Malarial fevers
Disease focus: Malaria
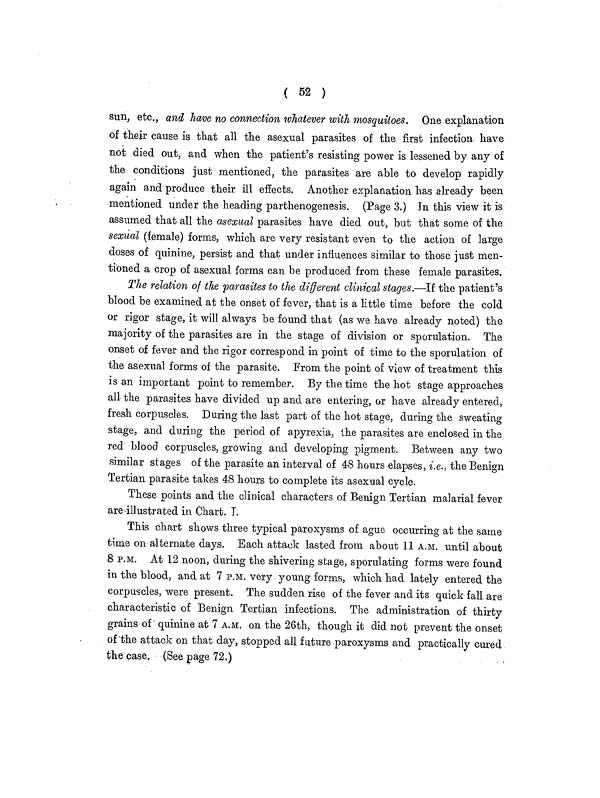
( 52 )
sun, etc., and have no connection whatever with mosquitoes. One explanation
of their cause is that all the asexual parasites of the first infection have
not died out, and when the patient's resisting power is lessened by any of
the conditions just mentioned, the parasites are able to develop rapidly
again and produce their ill effects. Another explanation has already been
mentioned under the heading parthenogenesis. (Page 3.) In this view it is
assumed that all the asexual parasites have died out, but that some of the
sexual (female) forms, which are very resistant even to the action of large
doses of quinine, persist and that under influences similar to those just men-
tioned a crop of asexual forms can be produced from these female parasites.
The relation of the parasites to the different clinical stages.—If the patient's
blood be examined at the onset of fever, that is a little time before the cold
or rigor stage, it will always be found that (as we have already noted) the
majority of the parasites are in the stage of division or sporulation. The
onset of fever and the rigor correspond in point of time to the sporulation of
the asexual forms of the parasite. From the point of view of treatment this
is an important point to remember. By the time the hot stage approaches
all the parasites have divided up and are entering, or have already entered,
fresh corpuscles. During the last part of the hot stage, during the sweating
stage, and during the period of apyrexia. the parasites are enclosed in the
red blood corpuscles, growing and developing pigment. Between any two
similar stages of the parasite an interval of 48 hours elapses, i.e., the Benign
Tertian parasite takes 48 hours to complete its asexual cycle.
These points and the clinical characters of Benign Tertian malarial fever
are-illustrated in Chart. I.
This chart shows three typical paroxysms of ague occurring at the same
time on alternate days. Each attack lasted from about 11 A.M. until about
8 P.M. At 12 noon, during the shivering stage, sporulating forms were found
in the blood, and at 7 P.M. very young forms, which had lately entered the
corpuscles, were present. The sudden rise of the fever and its quick fall are
characteristic of Benign Tertian infections. The administration of thirty
grains of quinine at 7 A.M. on the 26th. though it did not prevent the onset
of the attack on that day, stopped all future paroxysms and practically cured
the case. (See page 72.)